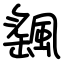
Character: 颻